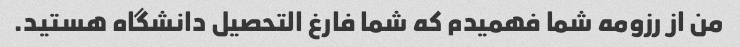
من از رزومه شما فهمیدم که شما فارغ التحصیل دانشگاه هستید.